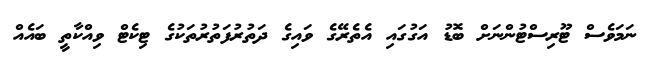
ނަމަވެސް ޓޫރިސްޓުންނަށް ބޮޑު އަގުގައި އެތެރޭގެ ވައިގެ ދަތުރުފަތުރުތަކުގެ ޓިކެޓް ވިއްކާތީ ބައެއް